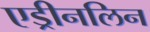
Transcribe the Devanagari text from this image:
एड्रीनलिन